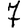
Digit: 7